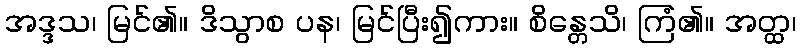
အဒ္ဒသ၊ မြင်၏။ ဒိသွာစ ပန၊ မြင်ပြီး၍ကား။ စိန္တေသိ၊ ကြံ၏။ အတ္ထ၊